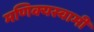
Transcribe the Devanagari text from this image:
मणिक्यस्वामी